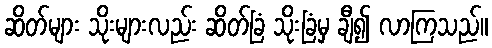
ဆိတ်များ သိုးများလည်း ဆိတ်ခြံ သိုးခြံမှ ချီ၍ လာကြသည်။